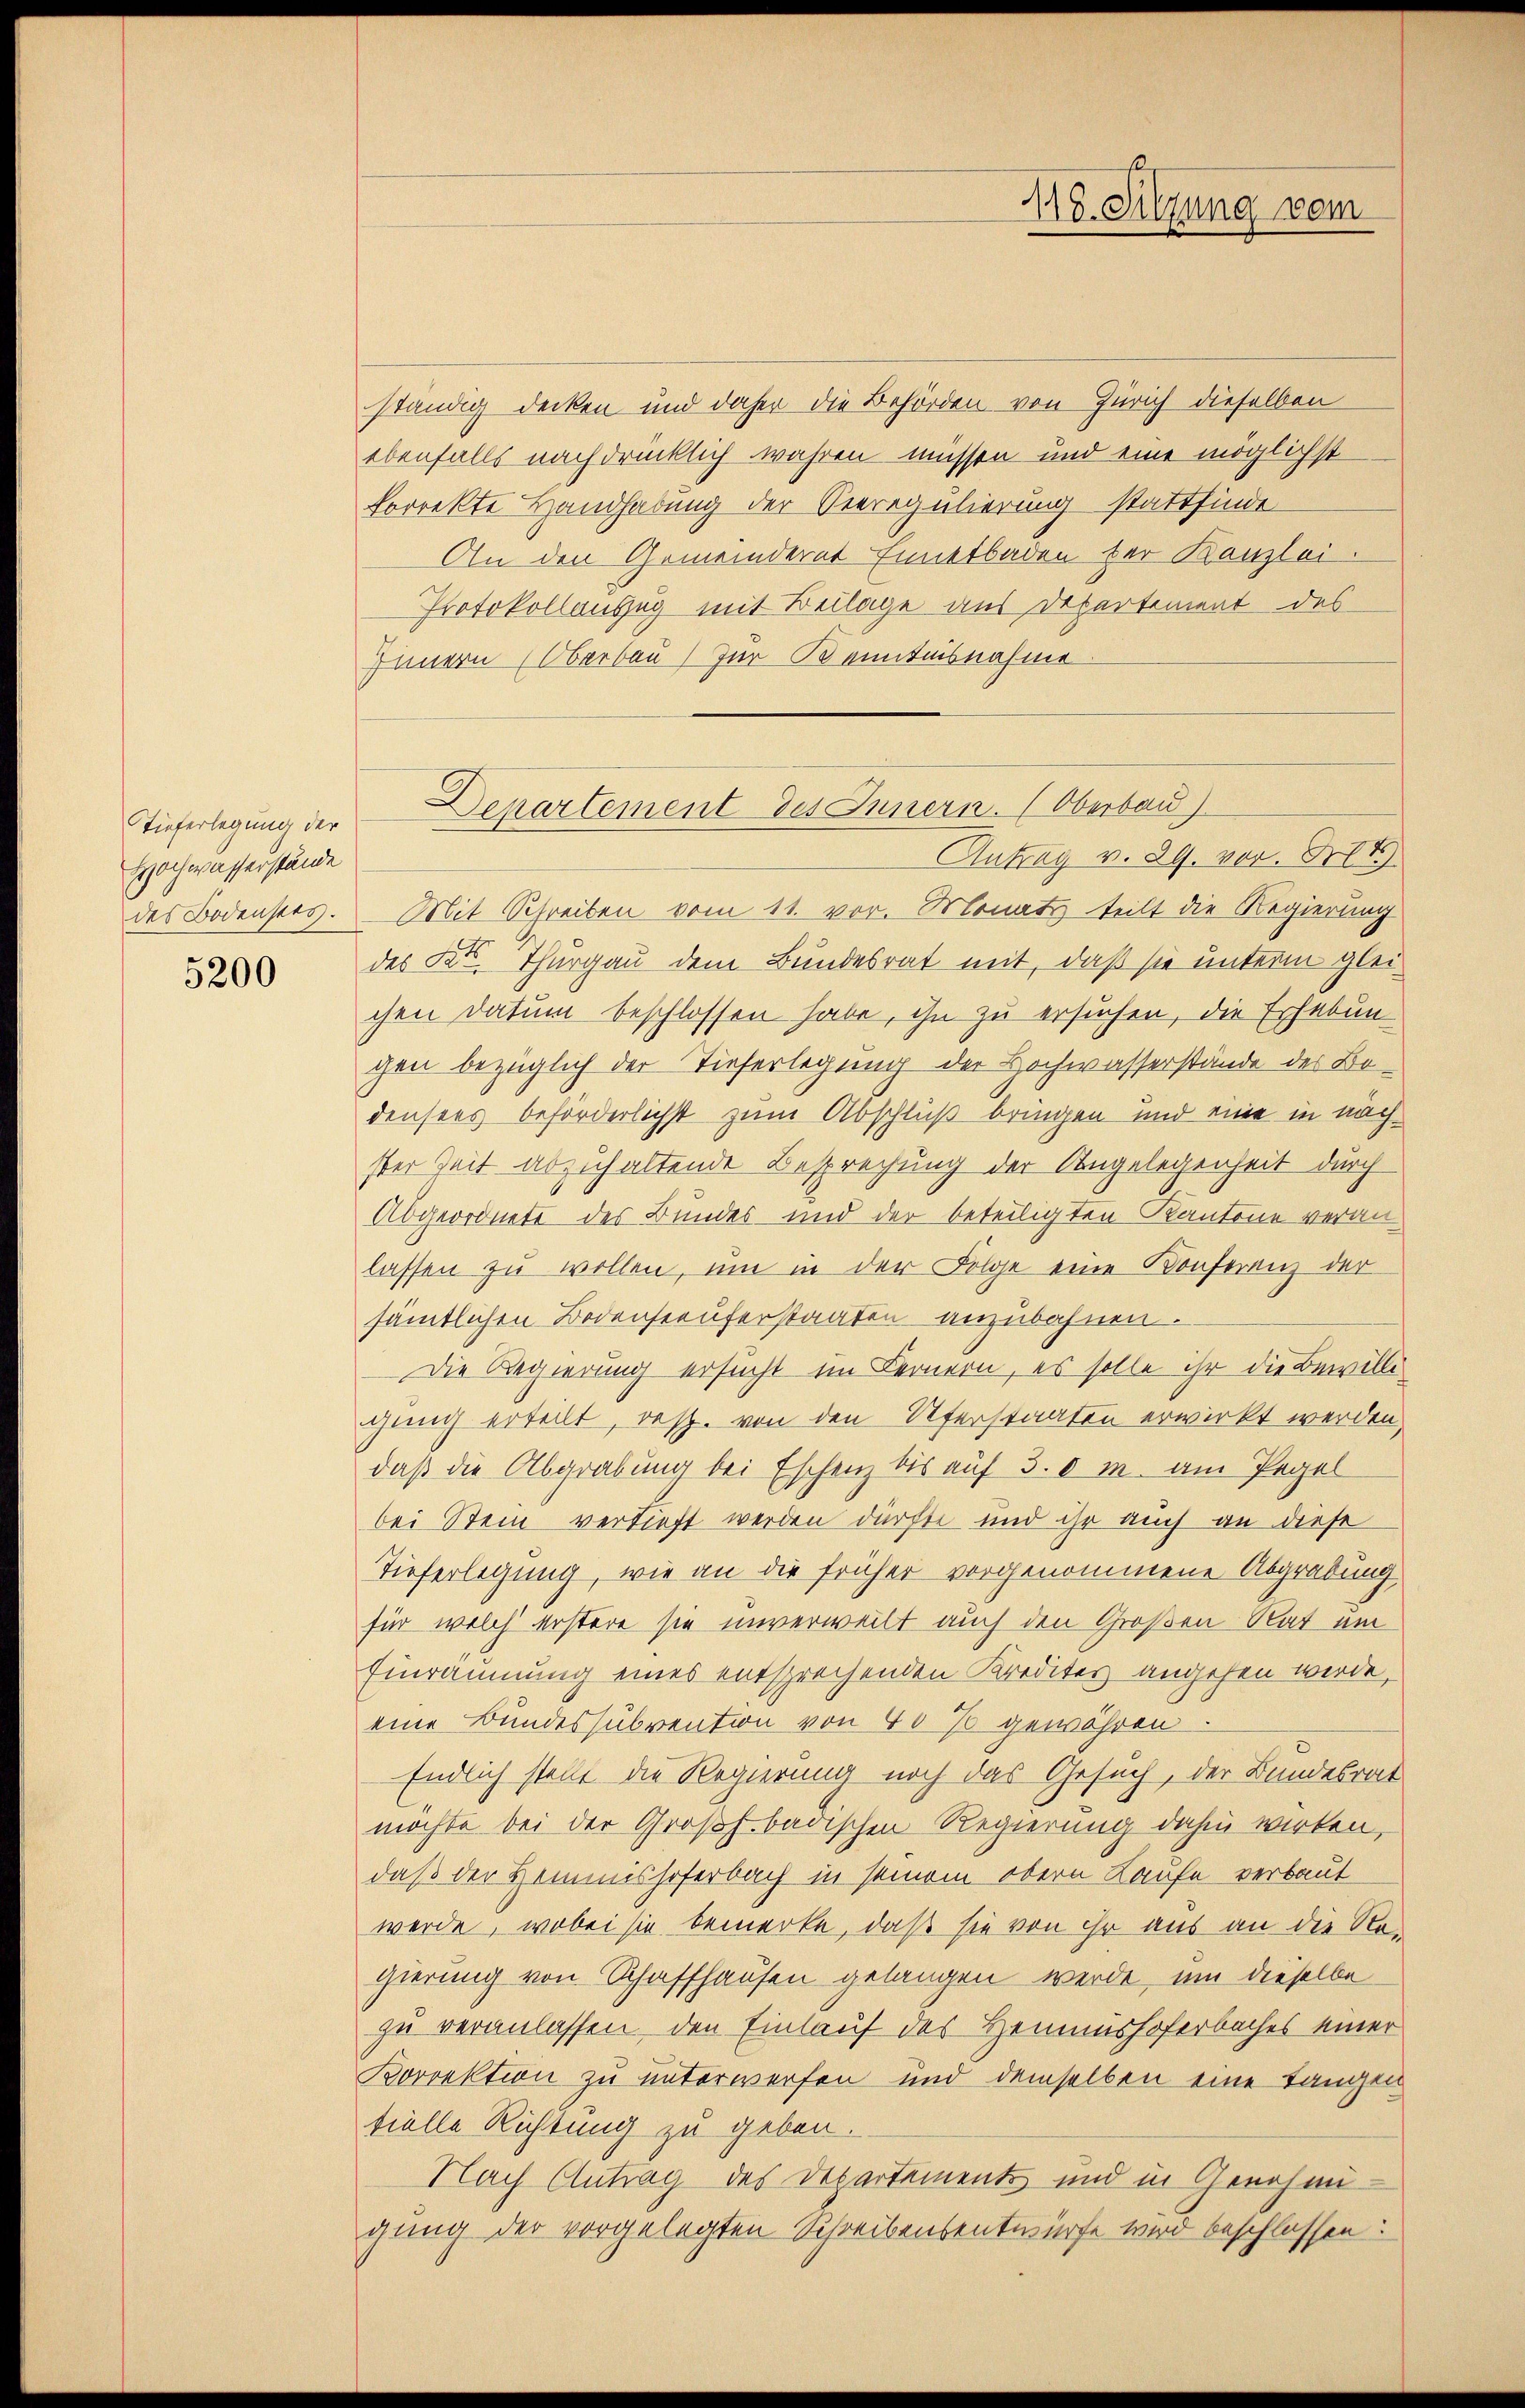
Tieferlegung der
Hochwasserstände
des Bodensees.

5200

ständig decken und daher die Behörden von Zürich dieselben
ebenfalls nachdrücklich wahren müssen und eine möglichst
forrekte Handhabung der Verregulierung stattfinde
An den Gemeinderat Einnetbaden bei Kanzlei.
Protokollauszug mit Beilage aus Departement des
Innern Oberbau zur Kenntnisnahme
Antrag v. 29. vor. Mt
Mit Schreiben vom 11. vor. Monats teilt die Regierung
des des Thurgau dem Bundesrat mit, daß sie unterm gleichen Datum beschlossen habe, ihn zu ersuchen, die Erhebun-
gen bezüglich der Tieferlegung der Hochwasserstände des Bodensees beförderlichst zum Abschluß bringen und eine in nach
ster Zeit abzuhaltende Besprechung der Angelegenheit durch
Abgeordnete des Bundes und der beteiligten Kantone veranlassen zu wollen, um in der Folge eine Konferenz der
sämtlichen Bodensteuferstaaten anzubahnen.
Die Regierung ersucht im Fernern, es solle ihr die Bewilligung erteilt, resp. von den Uferstaaten erwirkt werden,
daß die Abgrabung bei Eschenz bis auf 30 m. am Pegel
bei Stein vertieft werden dürfte und ihr auch an diese
Tieferlegung, wie an die früher vorgenommene Abgrabung
für welch erstere sie unverweilt auch den Großen Rat ein
Einräumung eines entsprechenden Kredites angehen werde,
eine Bundessubvention von 40 so gewähren.
Endlich stellt die Regierung noch das Gesuch, der Bundesrat
möchte bei der Großh. badischen Regierung dahin wirken,
daß der Hemmishoferbach in seinem obern Laufe verbaut
werde, wobei sie bemerke, daß sie von ihr aus an die Regierung von Schaffhausen gelangen werde, um dieselbe
zu veranlassen, den Einlauf des Heimushoferbaches einer
Korrektion zu unterwerfen und demselben eine Langen
tielle Richtung zu geben.
Nach Antrag des Departements und in Genehmigung der vorgelegten Schreibensentwurfe wird beschlossen:

118. Sitzung vom

Departement des Innern. (Oberbau)